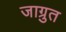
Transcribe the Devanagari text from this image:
जाग्रुत